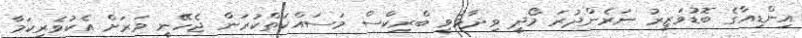
އިންޑިއާގެ ބޮޑުވަޒީރު ނަރެންދުރަ މޯދީ ވިދާޅުވީ ބްރިކްސް މަސައްކަތްކުރަން ޖެހޭނީ ވަރަށް އެކުވެރިކަމާ